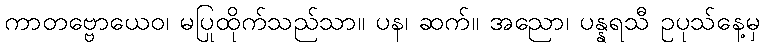
ကာတဗ္ဗောယေဝ၊ မပြုထိုက်သည်သာ။ ပန၊ ဆက်။ အညော၊ ပန္နရသီ ဥပုသ်နေ့မှ